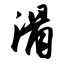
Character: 滑